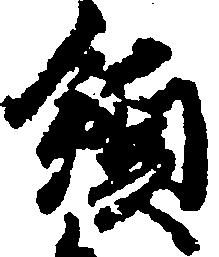
領